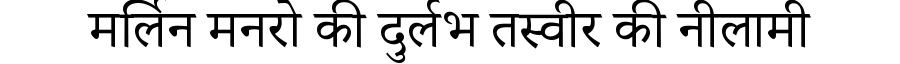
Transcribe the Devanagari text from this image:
मर्लिन मनरो की दुर्लभ तस्वीर की नीलामी